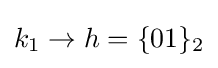
k_{1}\rightarrow h=\{01\}_{2}